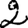
Digit: 2